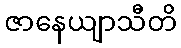
ဇာနေယျာသီတိ